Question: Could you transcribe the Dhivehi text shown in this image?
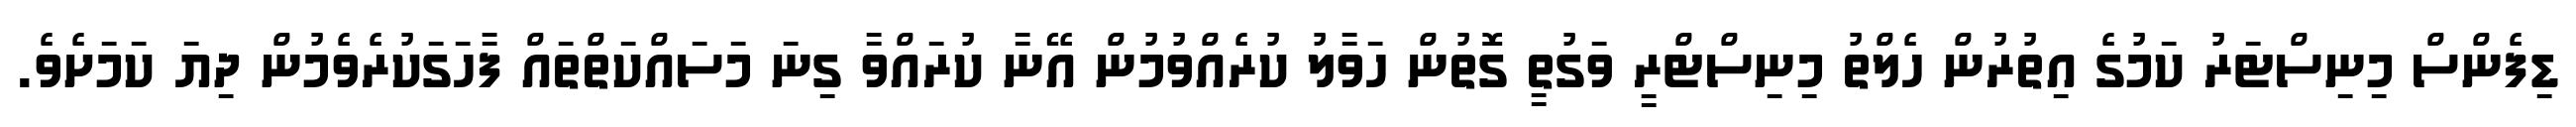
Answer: ޑިފެންސް މިނިސްޓަރު ކަމުގެ އިތުރުން ހެލްތު މިނިސްޓްރީ ވަގުތީ ގޮތުން ހަވާލު ކުރެއްވުމުން އޭނާ ކުރައްވާ ގިނަ މަސައްކަތްތައް ފާހަގަކުރެވެމުން ދިޔަ ކަމަށެވެ.